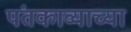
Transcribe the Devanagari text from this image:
पंतकाव्याच्या